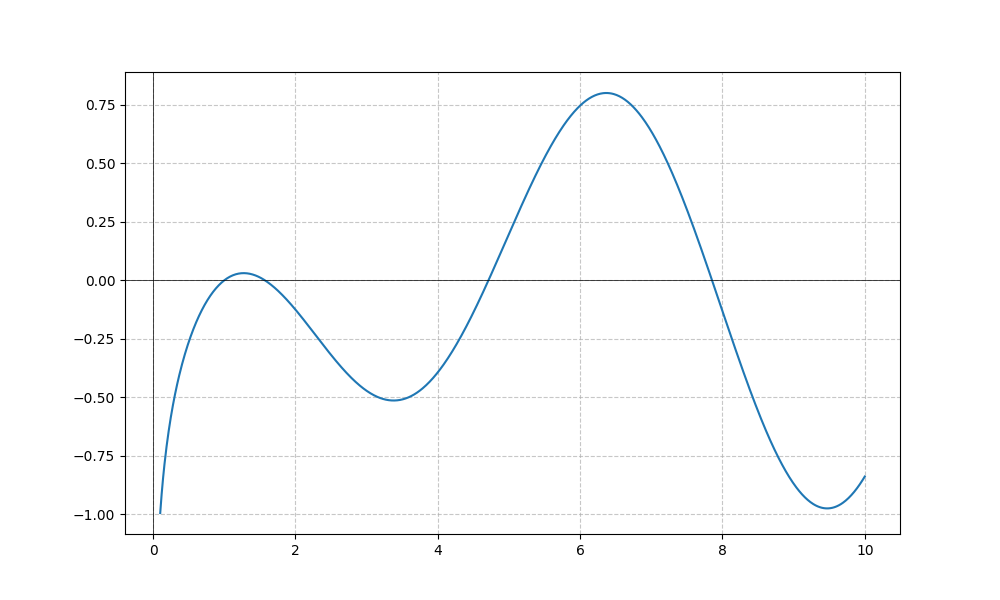
LaTeX formula: \frac{\log{\left(x \right)} \cos{\left(x \right)}}{\log{\left(10 \right)}}